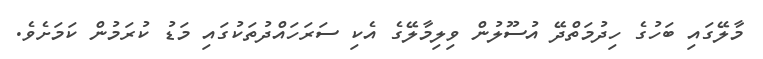
މާލޭގައި ބަހުގެ ހިދުމަތްދޭ އުސޫލުން ވިލިމާލޭގެ އެކި ސަރަހައްދުތަކުގައި މަޑު ކުރަމުން ކަމަށެވެ.